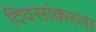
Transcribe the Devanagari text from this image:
दिवसांकरता